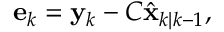
\begin{array} { r } { \mathbf { e } _ { k } = \mathbf { y } _ { k } - C \hat { \mathbf { x } } _ { k | k - 1 } , } \end{array}